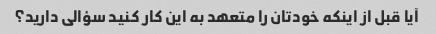
آیا قبل از اینکه خودتان را متعهد به این کار کنید سؤالی دارید؟